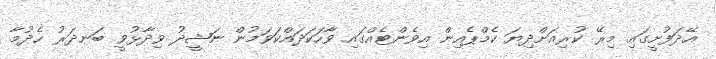
އޭދަފުށީގައި މިރޭ ކުރިއަށްދިޔަ ކެމްޕެއިން އިވެންޓެއްގައި ވާހަކަދައްކަވަމުން ނަޝީދު ވިދާޅުވީ ބަނދަރު ހެދުމާ